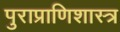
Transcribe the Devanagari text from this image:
पुराप्राणिशास्त्र